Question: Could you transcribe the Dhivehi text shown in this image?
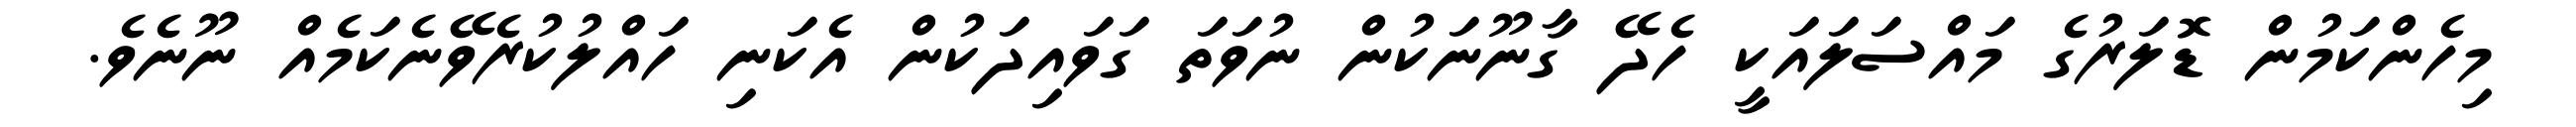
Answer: މިހެންކަމުން ޑޮލަރުގެ މައްސަލައަކީ ހެދޭ ގާނޫނަކުން ނުވަތަ ގަވައިދަކުން އެކަނި ހައްލުކުރެވޭނެކަމެއް ނޫނެވެ.